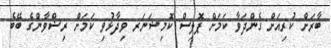
ބާރަށް ކުރިއަށް ގެންދަވާ ކަމަށް ޕޮލިސް ކޮމިޝަނަރ ވިދާޅުވި ކަމަށް ރިޟްވާންގެ ބޭބެ